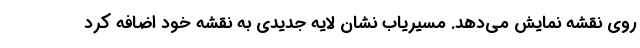
روی نقشه نمایش می‌دهد. مسیریاب نشان لایه جدیدی به نقشه خود اضافه کرد